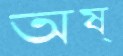
অষ্